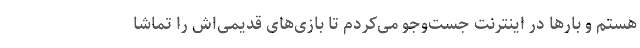
هستم و بارها در اینترنت جست‌وجو می‌کردم تا بازی‌های قدیمی‌اش را تماشا